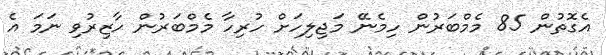
އެގޮތުން 85 މެމްބަރުން ހިމެނޭ މަޖިލިހަށް ހުރިހާ މެމްބަރުން ހާޒިރުވި ނަމަ އެ